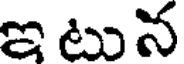
ఇటున